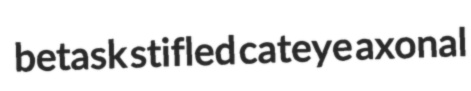
betask stifled cateye axonal